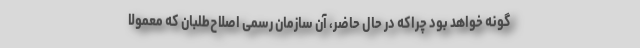
گونه خواهد بود چراکه در حال حاضر، آن سازمان رسمی اصلاح‌طلبان که معمولا